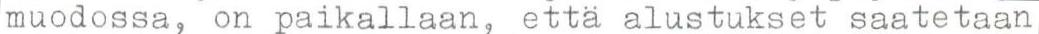
muodossa, on paikallaan, että alustukset saatetaan